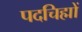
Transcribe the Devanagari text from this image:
पदचिह्मों